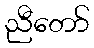
ညီတော်